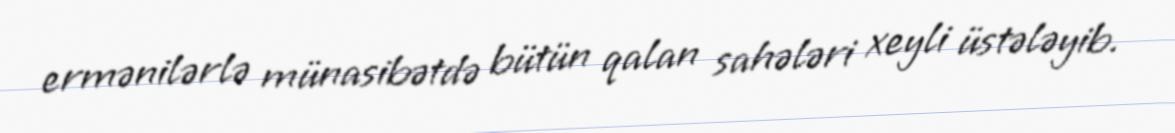
ermənilərlə münasibətdə bütün qalan sahələri xeyli üstələyib.